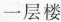
一层楼